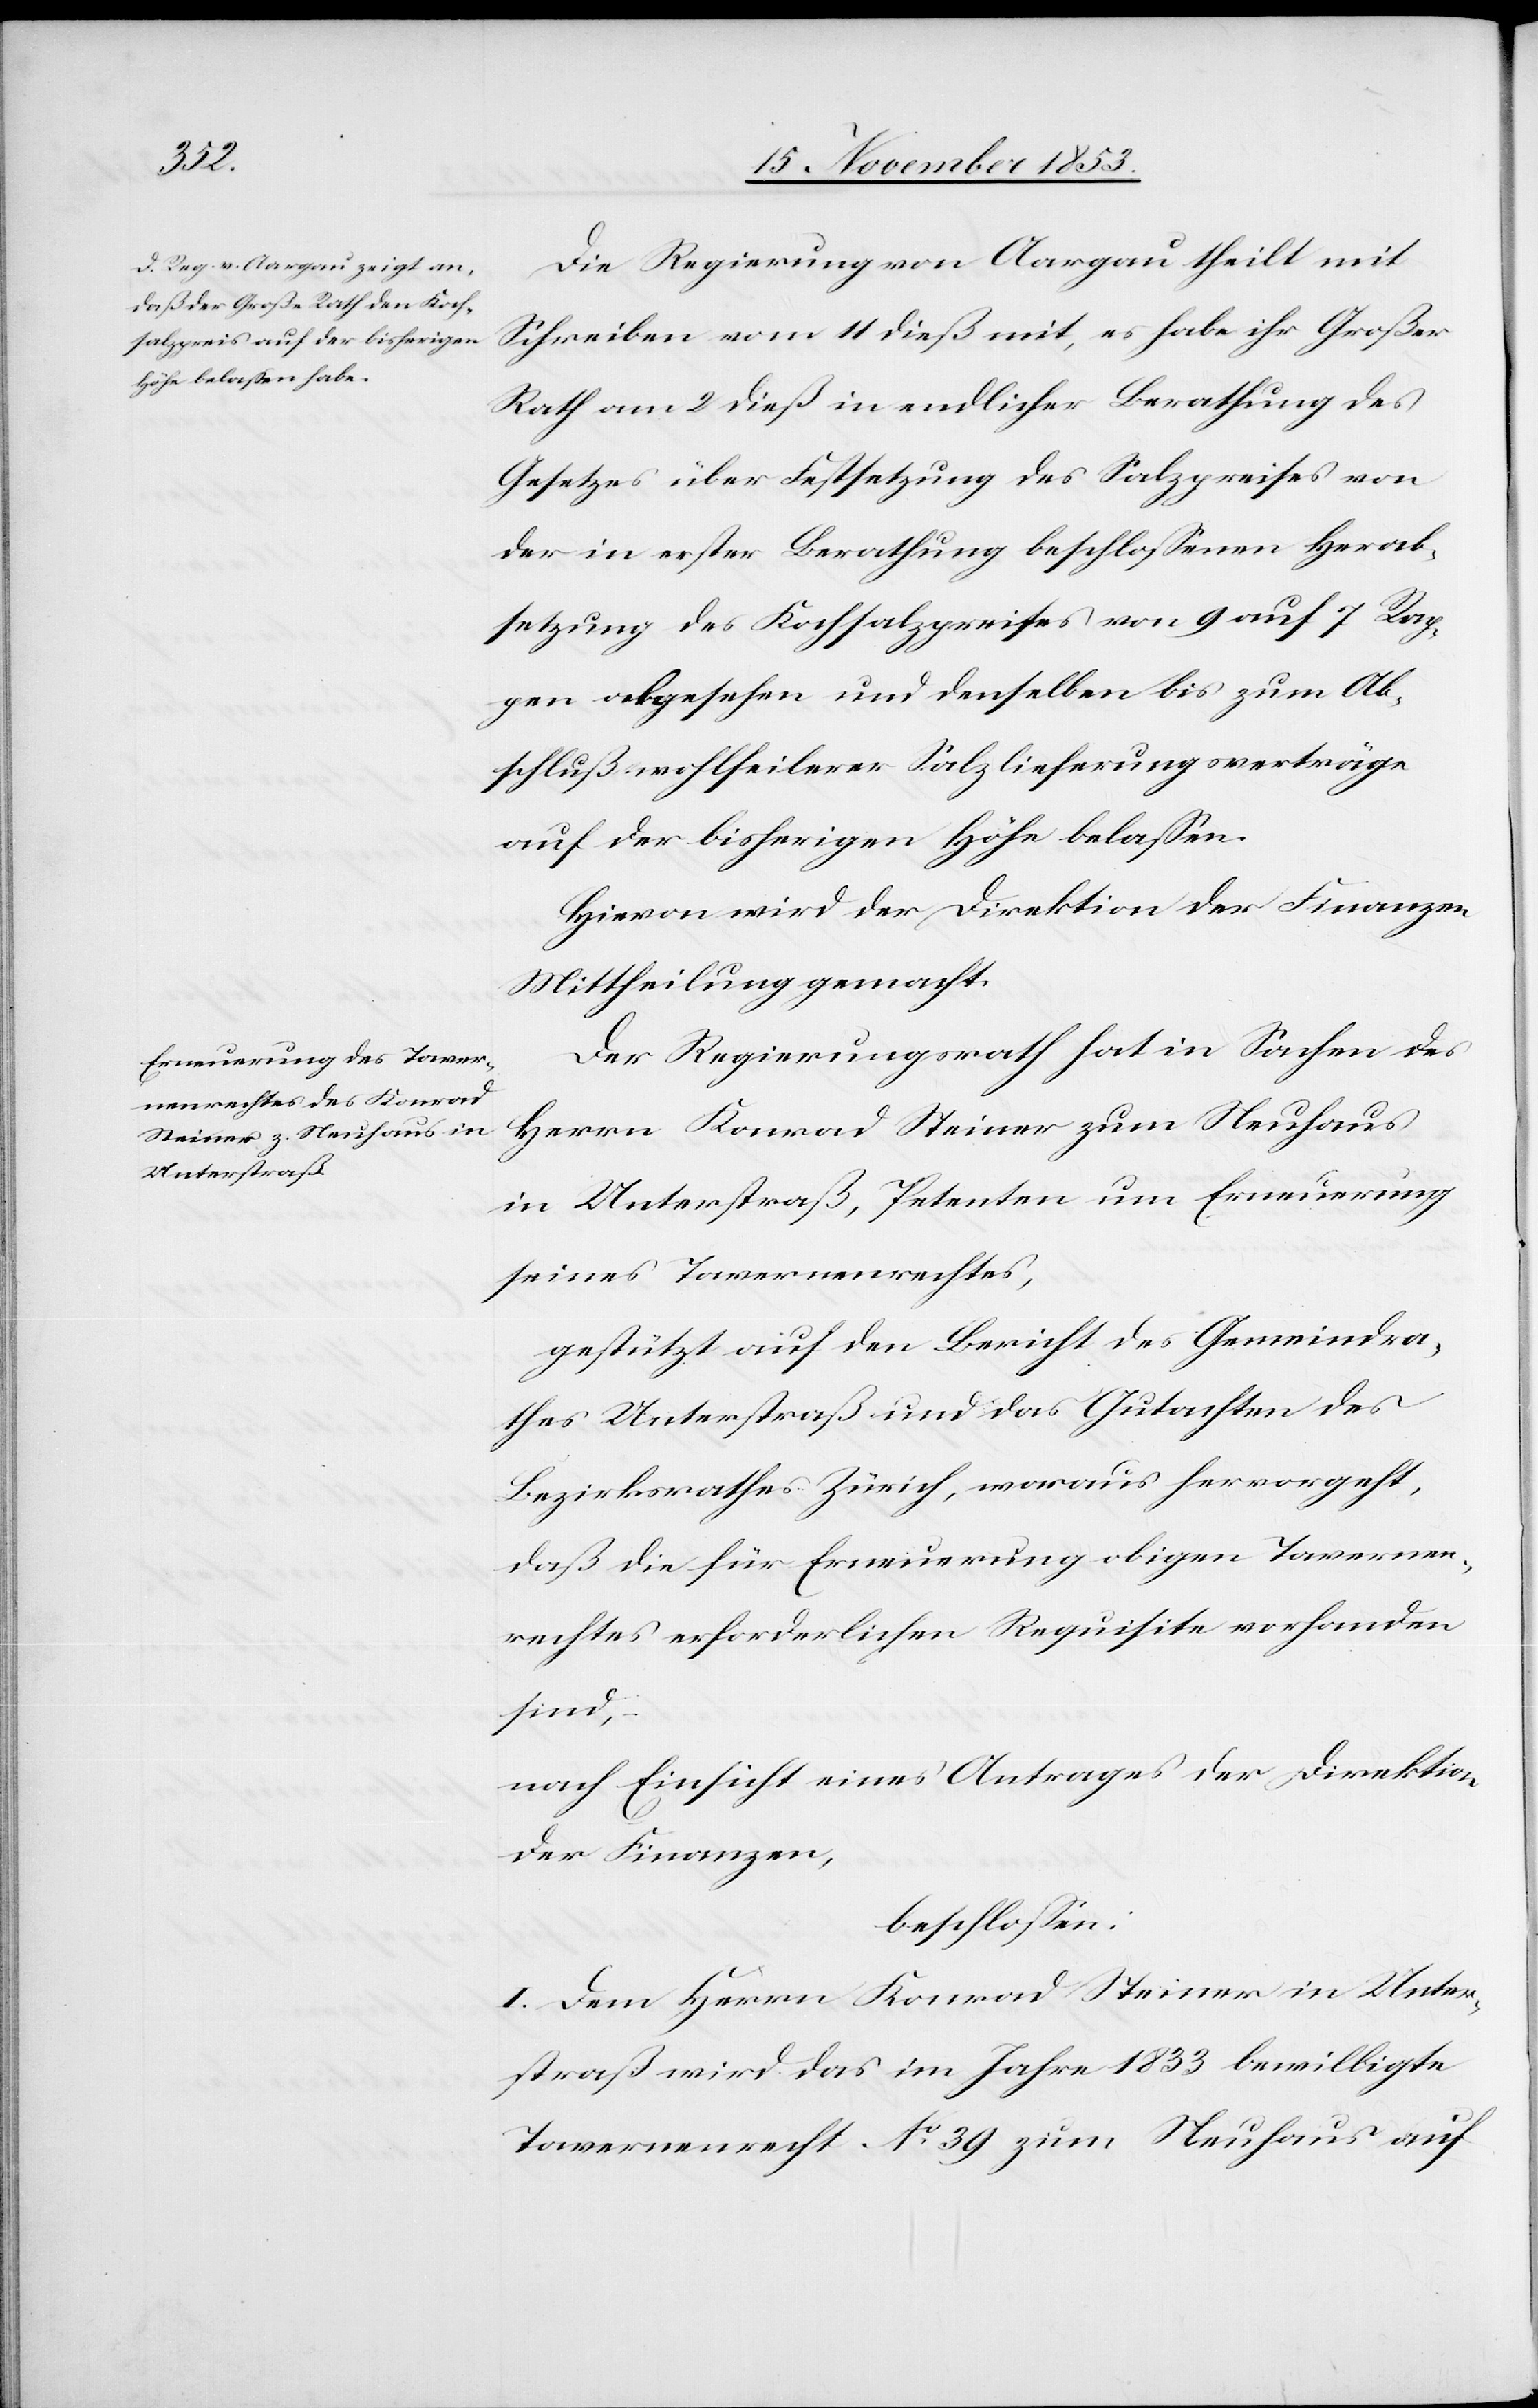
Die Regierung von Aargau theilt mit
Schreiben vom 11 dieß mit, es habe ihr Großer
Rath am 2 dieß in endlicher Berathung des
Gesetzes über Festsetzung des Salzpreises von
der in erster Berathung beschloßenen Herab¬
setzung des Kochsalzpreises von 9 auf 7 Rap¬
pen abgesehen und denselben bis zum Ab¬
schluß wohlfeilerer Salzlieferungsverträge
auf der bisherigen Höhe belaßen.
Hievon wird der Direktion der Finanzen
Mittheilung gemacht.
Der Regierungsrath hat in Sachen des
Herrn Konrad Steiner zum Neuhaus
in Unterstraß, Petenten um Erneuerung
seines Tavernenrechtes,
gestützt auf den Bericht des Gemeindra¬
thes Unterstraß und das Gutachten des
Bezirksrathes Zürich, woraus hervorgeht,
daß die für Erneuerung obigen Tavernen¬
rechtes erforderlichen Requisite vorhanden
sind,
nach Einsicht eines Antrages der Direktion
der Finanzen,
beschloßen:
I. Dem Herrn Konrad Steiner in Unter¬
straß wird das im Jahr 1833 bewilligte
Tavernenrecht N° 39 zum Neuhaus auf